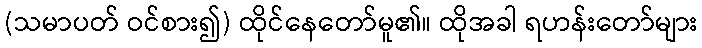
(သမာပတ် ဝင်စား၍) ထိုင်နေတော်မူ၏။ ထိုအခါ ရဟန်းတော်များ